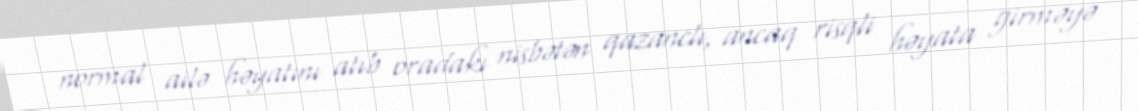
normal ailə həyatını atıb oradakı nisbətən qazanclı, ancaq risqli həyata girməyə